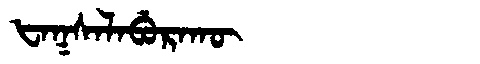
Manchu: ᡶᠠᡴᠰᠠᠯᠠᠪᡠᡵᠠᡴᡡ
Romanization: FAKSALABURAKŪ